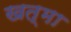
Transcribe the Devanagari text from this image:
खत्मा